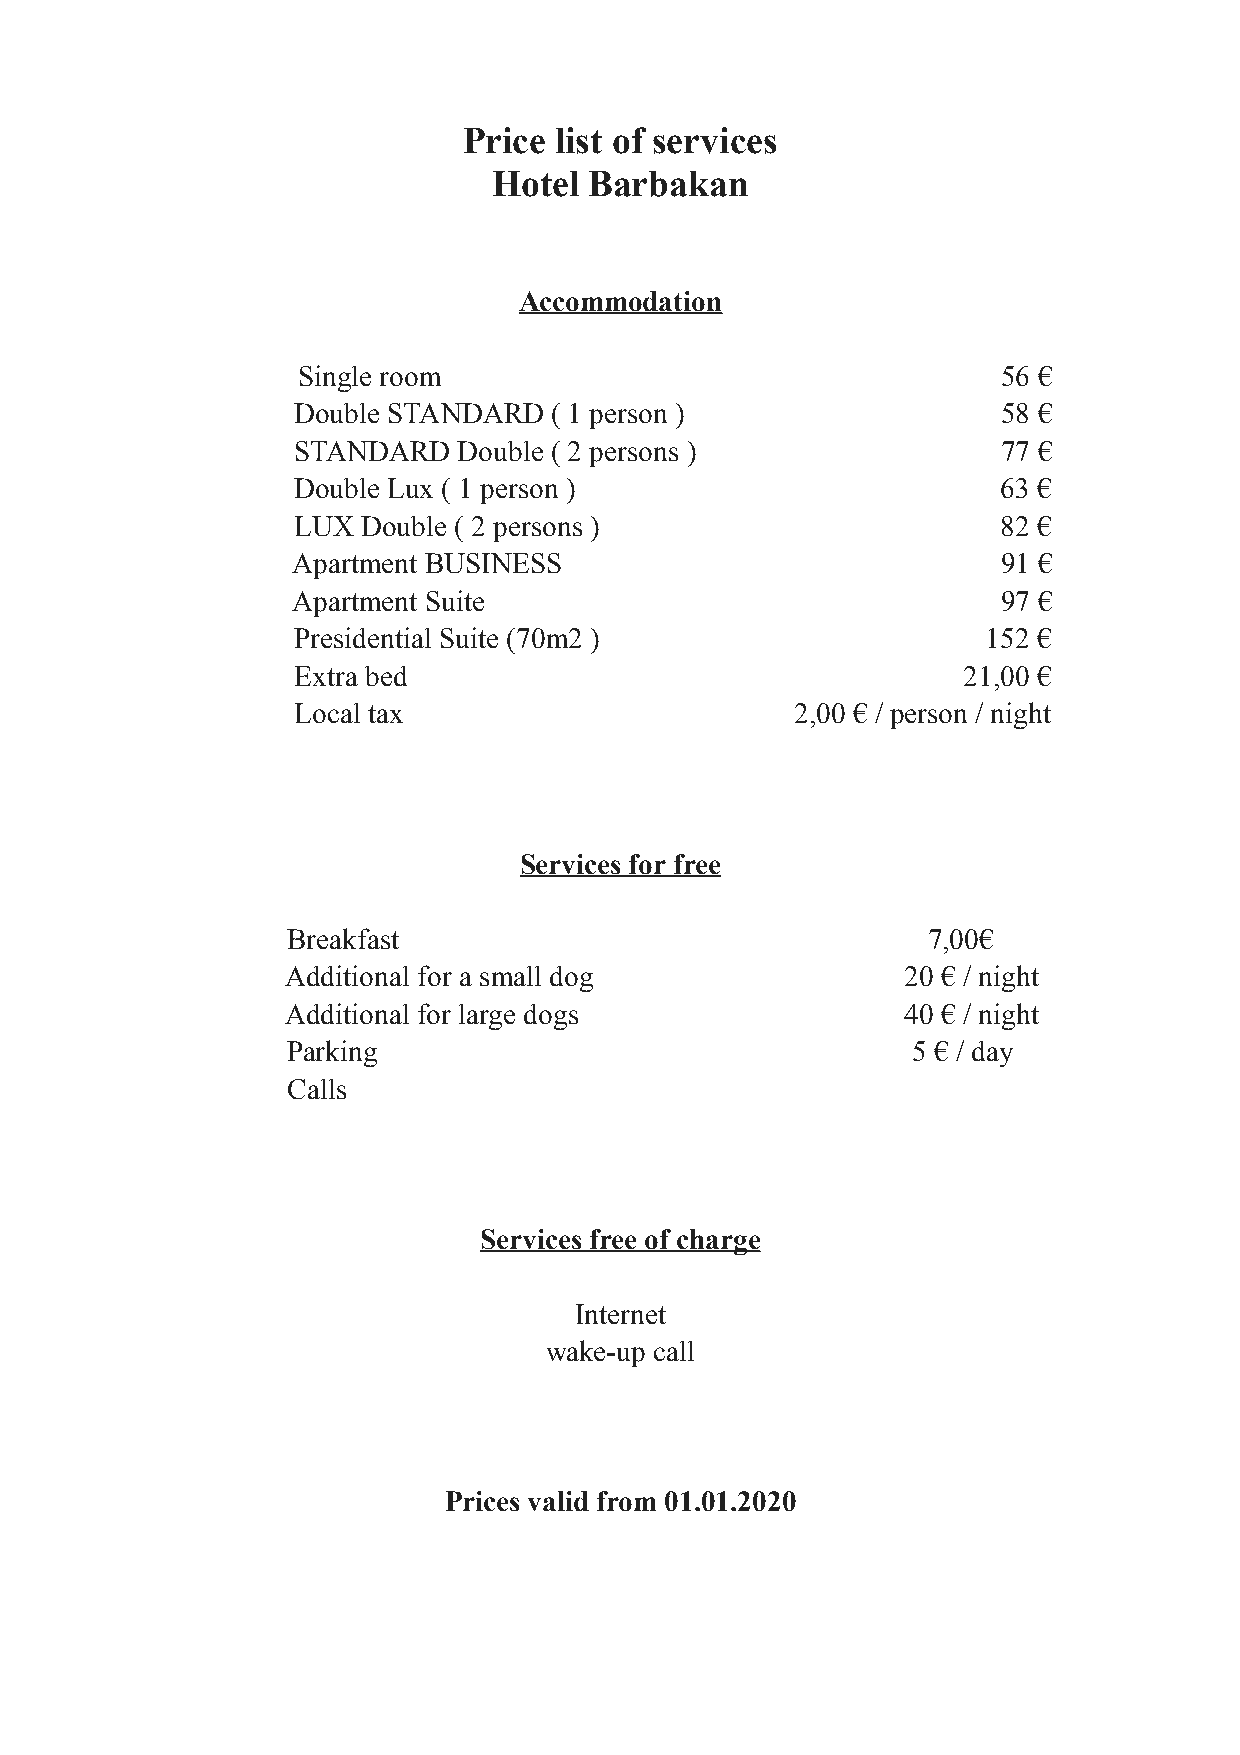
Price list of services
 Hotel Barbakan
 Accommodation
 Single room                                   56 €
 Double STANDARD  ( 1 person )                 58 €
 STANDARD  Double ( 2 persons )                77 €
 Double Lux ( 1 person )                       63 €
 LUX Double ( 2 persons )                      82 €
 Apartment BUSINESS                             91 €
 Apartment Suite                                97 €
 Presidential Suite (70m2 )                   152 €
 Extra bed                                   21,00 €
 Local tax                        2,00 € / person / night
 Services for free
 Breakfast                                 7,00€
 Additional for a small dog               20 € / night
 Additional for large dogs                40 € / night
 Parking                                  5 € / day
 Calls
 Services free of charge
 Internet
 wake-up call
 Prices valid from 01.01.2020